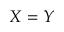
X = Y